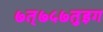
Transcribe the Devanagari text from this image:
७त्७५७तुइग